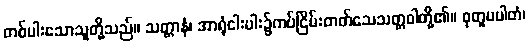
တစ်ပါးသောသူတို့သည်။ သတ္တာနံ၊ အာရုံငါးပါး၌ကပ်ငြိမ်းတတ်သေသတ္တဝါတို့၏။ စုတူပပါတံ၊